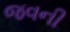
જવની